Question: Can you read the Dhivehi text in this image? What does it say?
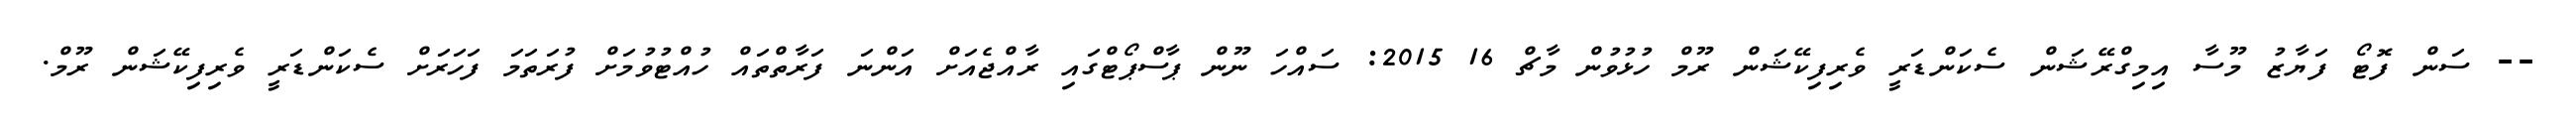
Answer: -- ސަން ފޮޓޯ ފަޔާޒު މޫސާ އިމިގްރޭޝަން ސެކަންޑަރީ ވެރިފިކޭޝަން ރޫމް ހުޅުވުން މާޗް 16 2015: ސައްހަ ނޫން ޕާސްޕޯޓްގައި ރާއްޖެއަށް އަންނަ ފަރާތްތައް ހުއްޓުވުމަށް ފުރަތަމަ ފަހަރަށް ސެކަންޑަރީ ވެރިފިކޭޝަން ރޫމް.